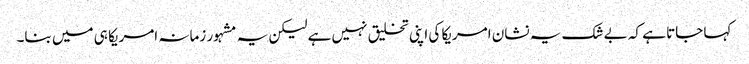
کہا جاتا ہے کہ بے شک یہ نشان امریکا کی اپنی تخلیق نہیں ہے لیکن یہ مشہور زمانہ امریکا ہی میں بنا۔